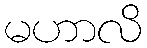
မဟာလိ